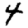
Digit: 4